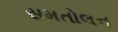
સમતોલન